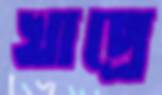
খাপ্রে